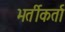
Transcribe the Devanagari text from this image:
भर्तीकर्ता